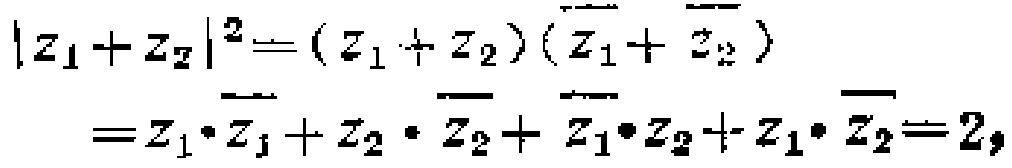
\[
\begin{align*}
|z_1 + z_2|^2&=(z_1 + z_2)(\overline{z_1 + z_2})\\
&=z_1\cdot\overline{z_1}+z_2\cdot\overline{z_2}+\overline{z_1}\cdot z_2+z_1\cdot\overline{z_2}=2,
\end{align*}
\]